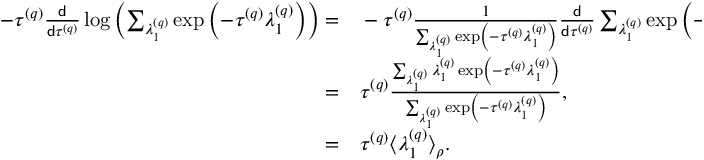
\begin{array} { r l } { - \tau ^ { \left( q \right) } \frac { \mathsf { d } } { \mathsf { d } \tau ^ { \left( q \right) } } \log \left( \sum _ { \lambda _ { 1 } ^ { \left( q \right) } } \exp \left( - \tau ^ { \left( q \right) } \lambda _ { 1 } ^ { \left( q \right) } \right) \right) = } & { { } - \tau ^ { \left( q \right) } \frac { 1 } { \sum _ { \lambda _ { 1 } ^ { \left( q \right) } } \exp \left( - \tau ^ { \left( q \right) } \lambda _ { 1 } ^ { \left( q \right) } \right) } \frac { \mathsf { d } } { \mathsf { d } \tau ^ { \left( q \right) } } \sum _ { \lambda _ { 1 } ^ { \left( q \right) } } \exp \left( - \tau ^ { \left( q \right) } \lambda _ { 1 } ^ { \left( q \right) } \right) , } \\ { = } & { { } \tau ^ { \left( q \right) } \frac { \sum _ { \lambda _ { 1 } ^ { \left( q \right) } } \lambda _ { 1 } ^ { \left( q \right) } \exp \left( - \tau ^ { \left( q \right) } \lambda _ { 1 } ^ { \left( q \right) } \right) } { \sum _ { \lambda _ { 1 } ^ { \left( q \right) } } \exp \left( - \tau ^ { \left( q \right) } \lambda _ { 1 } ^ { \left( q \right) } \right) } , } \\ { = } & { { } \tau ^ { \left( q \right) } \big \langle \lambda _ { 1 } ^ { \left( q \right) } \big \rangle _ { \rho } . } \end{array}